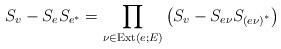
LaTeX: \begin{align*}S_{v}-S_{e}S_{e^{\ast }}=\prod_{\nu \in \operatorname{Ext}\left( e;E\right) }\left(S_{v}-S_{e\nu }S_{\left( e\nu \right) ^{\ast }}\right) \end{align*}